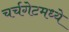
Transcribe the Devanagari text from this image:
चर्चगेटमध्ये